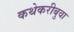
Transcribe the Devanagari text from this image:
कथेकरीबुवा